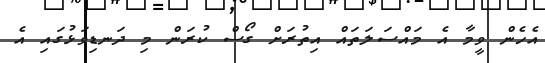
އެހެން ވީމާ އެ މައްސަލަތައް އިތުރަށް ގޯސް ކުރަން މި ދަނޑިވަޅުގައި އެ